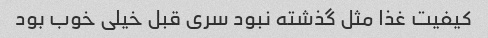
کیفیت غذا مثل گذشته نبود سری قبل خیلی خوب بود